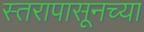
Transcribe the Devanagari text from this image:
स्तरापासूनच्या